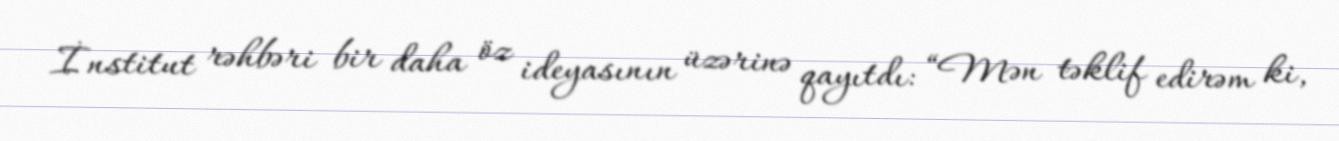
İnstitut rəhbəri bir daha öz ideyasının üzərinə qayıtdı: “Mən təklif edirəm ki,